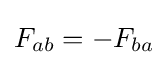
F_{ab}=-F_{ba}